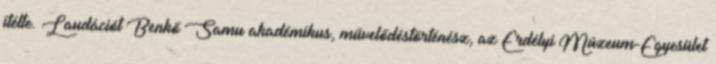
ítélte. Laudációt Benkő Samu akadémikus, művelődéstörténész, az Erdélyi Múzeum-Egyesület